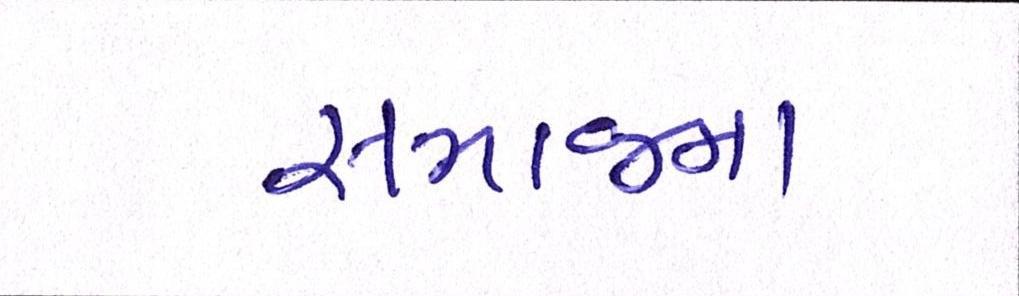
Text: સમાજના